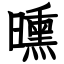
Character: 曛